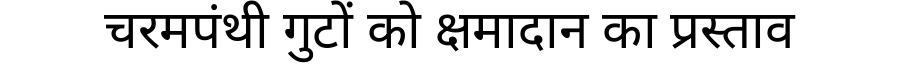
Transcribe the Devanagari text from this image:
चरमपंथी गुटों को क्षमादान का प्रस्ताव